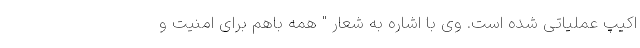
اکیپ عملیاتی شده است. وی با اشاره به شعار " همه باهم برای امنیت و